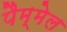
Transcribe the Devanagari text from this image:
पैम्मेल